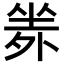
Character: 𡎦